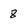
Character: 8